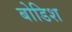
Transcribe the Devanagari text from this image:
बोडिश